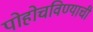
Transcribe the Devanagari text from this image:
पोहोचविण्याची